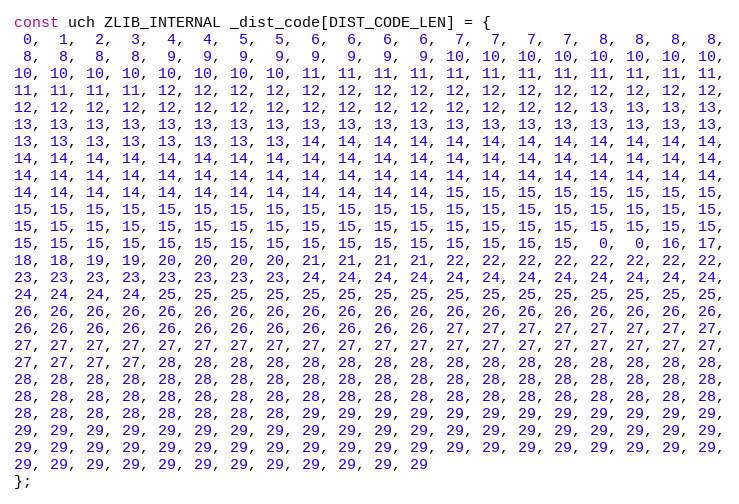
Language: C
const uch ZLIB_INTERNAL _dist_code[DIST_CODE_LEN] = {
 0,  1,  2,  3,  4,  4,  5,  5,  6,  6,  6,  6,  7,  7,  7,  7,  8,  8,  8,  8,
 8,  8,  8,  8,  9,  9,  9,  9,  9,  9,  9,  9, 10, 10, 10, 10, 10, 10, 10, 10,
10, 10, 10, 10, 10, 10, 10, 10, 11, 11, 11, 11, 11, 11, 11, 11, 11, 11, 11, 11,
11, 11, 11, 11, 12, 12, 12, 12, 12, 12, 12, 12, 12, 12, 12, 12, 12, 12, 12, 12,
12, 12, 12, 12, 12, 12, 12, 12, 12, 12, 12, 12, 12, 12, 12, 12, 13, 13, 13, 13,
13, 13, 13, 13, 13, 13, 13, 13, 13, 13, 13, 13, 13, 13, 13, 13, 13, 13, 13, 13,
13, 13, 13, 13, 13, 13, 13, 13, 14, 14, 14, 14, 14, 14, 14, 14, 14, 14, 14, 14,
14, 14, 14, 14, 14, 14, 14, 14, 14, 14, 14, 14, 14, 14, 14, 14, 14, 14, 14, 14,
14, 14, 14, 14, 14, 14, 14, 14, 14, 14, 14, 14, 14, 14, 14, 14, 14, 14, 14, 14,
14, 14, 14, 14, 14, 14, 14, 14, 14, 14, 14, 14, 15, 15, 15, 15, 15, 15, 15, 15,
15, 15, 15, 15, 15, 15, 15, 15, 15, 15, 15, 15, 15, 15, 15, 15, 15, 15, 15, 15,
15, 15, 15, 15, 15, 15, 15, 15, 15, 15, 15, 15, 15, 15, 15, 15, 15, 15, 15, 15,
15, 15, 15, 15, 15, 15, 15, 15, 15, 15, 15, 15, 15, 15, 15, 15,  0,  0, 16, 17,
18, 18, 19, 19, 20, 20, 20, 20, 21, 21, 21, 21, 22, 22, 22, 22, 22, 22, 22, 22,
23, 23, 23, 23, 23, 23, 23, 23, 24, 24, 24, 24, 24, 24, 24, 24, 24, 24, 24, 24,
24, 24, 24, 24, 25, 25, 25, 25, 25, 25, 25, 25, 25, 25, 25, 25, 25, 25, 25, 25,
26, 26, 26, 26, 26, 26, 26, 26, 26, 26, 26, 26, 26, 26, 26, 26, 26, 26, 26, 26,
26, 26, 26, 26, 26, 26, 26, 26, 26, 26, 26, 26, 27, 27, 27, 27, 27, 27, 27, 27,
27, 27, 27, 27, 27, 27, 27, 27, 27, 27, 27, 27, 27, 27, 27, 27, 27, 27, 27, 27,
27, 27, 27, 27, 28, 28, 28, 28, 28, 28, 28, 28, 28, 28, 28, 28, 28, 28, 28, 28,
28, 28, 28, 28, 28, 28, 28, 28, 28, 28, 28, 28, 28, 28, 28, 28, 28, 28, 28, 28,
28, 28, 28, 28, 28, 28, 28, 28, 28, 28, 28, 28, 28, 28, 28, 28, 28, 28, 28, 28,
28, 28, 28, 28, 28, 28, 28, 28, 29, 29, 29, 29, 29, 29, 29, 29, 29, 29, 29, 29,
29, 29, 29, 29, 29, 29, 29, 29, 29, 29, 29, 29, 29, 29, 29, 29, 29, 29, 29, 29,
29, 29, 29, 29, 29, 29, 29, 29, 29, 29, 29, 29, 29, 29, 29, 29, 29, 29, 29, 29,
29, 29, 29, 29, 29, 29, 29, 29, 29, 29, 29, 29
};